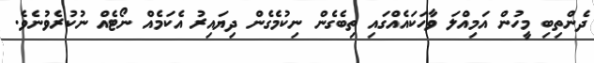
ދެންތިބި މީހުން އަމިއްލަ ވާހަކައެއްގައި ތިބެގެން ނިކުމެގެން ދިޔައިރު އެކަމެއް ނޯޓެއް ނުކުރެވުނެވެ.